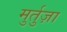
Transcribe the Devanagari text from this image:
मुर्तुज़ा